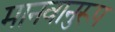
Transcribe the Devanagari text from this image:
मानवानुरूप